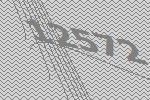
12572